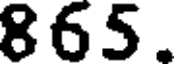
865.